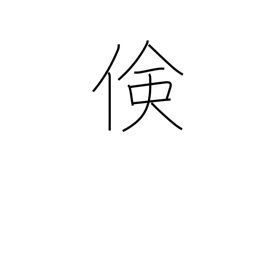
Meaning: economy